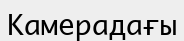
Камерадағы